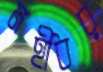
মহীধর